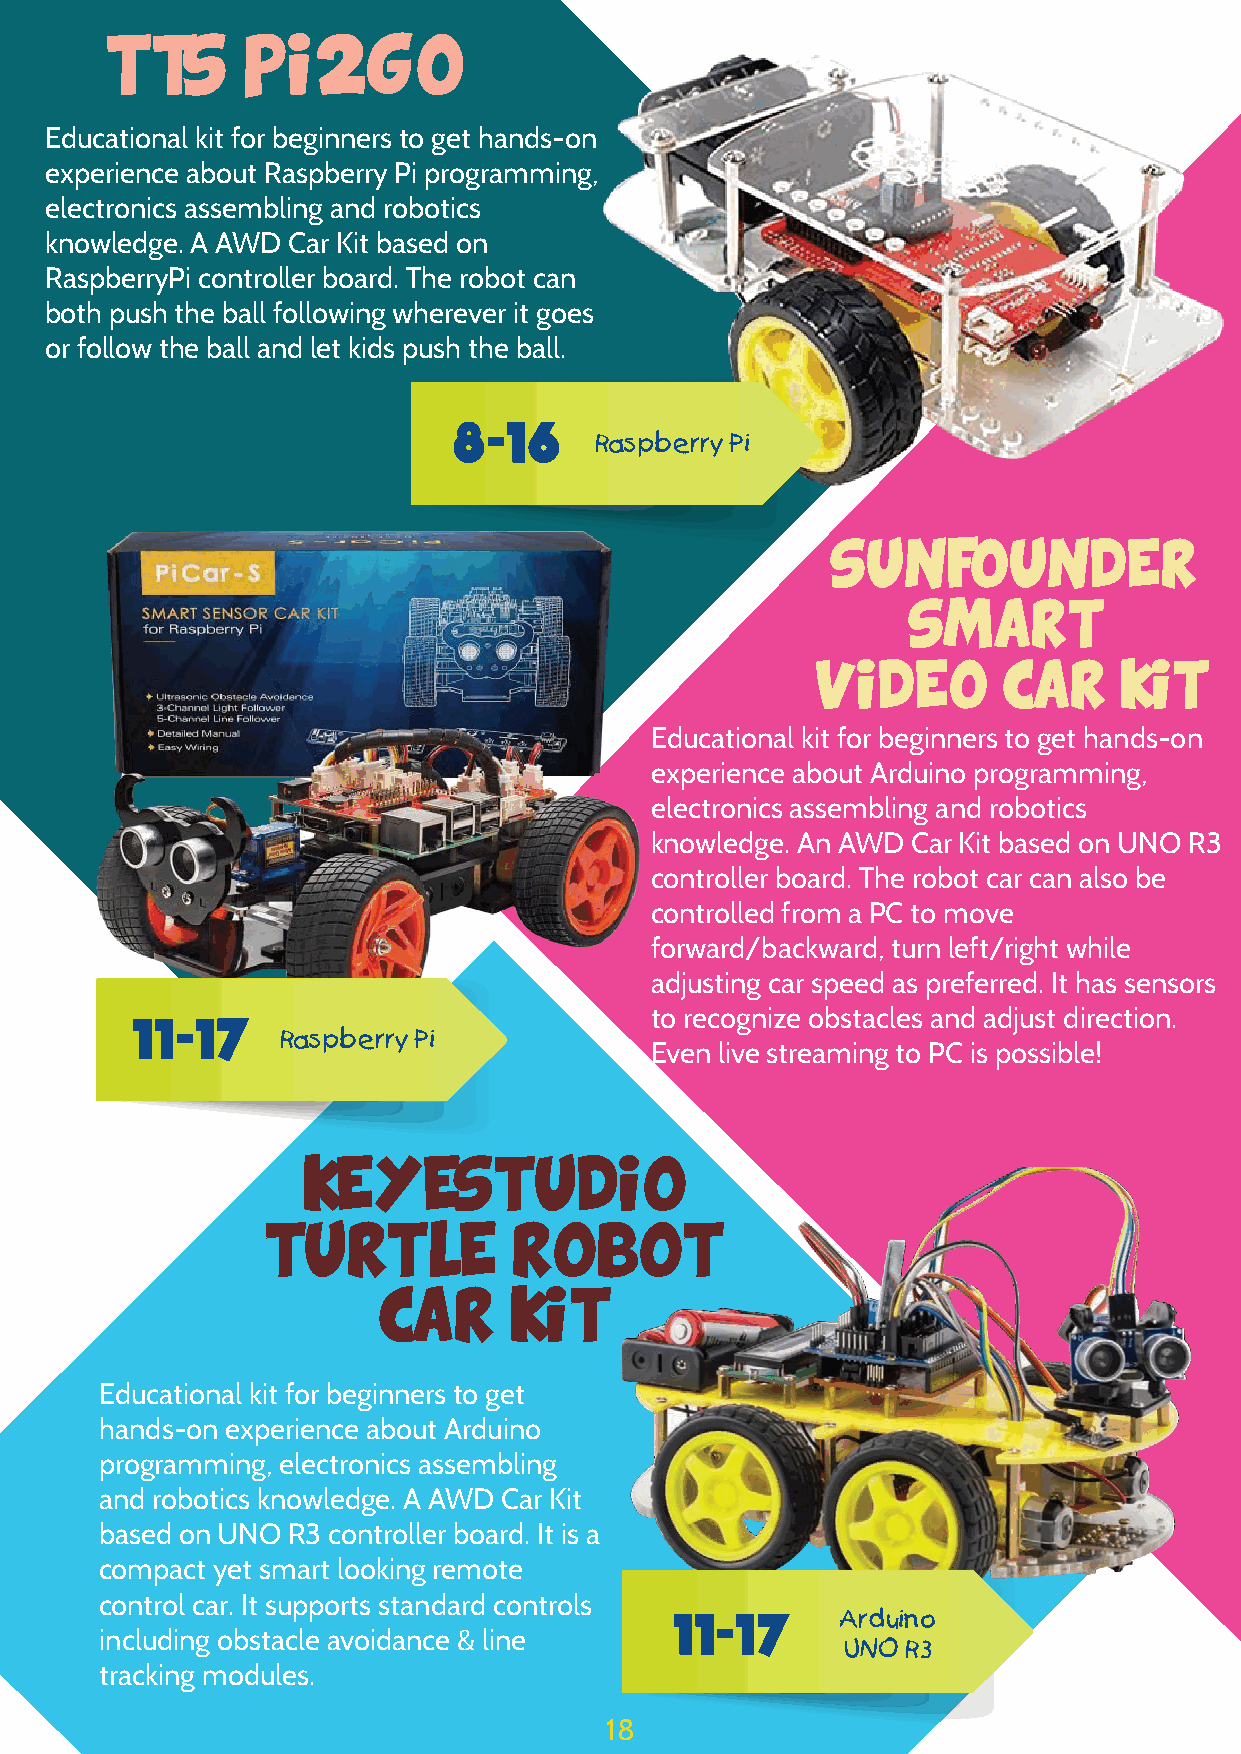
TTS      PI2GO
 Educational kit for beginners to get hands-on
 experience about Raspberry Pi programming,
 electronics assembling and robotics
 knowledge. A AWD Car Kit based on
 RaspberryPi controller board. The robot can
 both push the ball following wherever it goes
 or follow the ball and let kids push the ball.
 8-16
 Raspberry Pi
 SUNFOUNDER
 SMART
 VIDEO       CAR     KIT
 Educational kit for beginners to get hands-on
 experience about Arduino programming,
 electronics assembling and robotics
 knowledge. An AWD Car Kit based on UNO R3
 controller board. The robot car can also be
 controlled from a PC to move
 forward/backward, turn left/right while
 adjusting car speed as preferred. It has sensors
 11-17                             to recognize obstacles and adjust direction.
 Raspberry Pi
 Even live streaming to PC is possible!
 KEYESTUDIO
 TURTLE          ROBOT
 CAR      KIT
 Educational kit for beginners to get
 hands-on experience about Arduino
 programming, electronics assembling
 and robotics knowledge. A AWD Car Kit
 based on UNO R3 controller board. It is a
 compact yet smart looking remote
 control car. It supports standard controls
 11-17      Arduino
 including obstacle avoidance & line
 UNO R3
 tracking modules.
 18